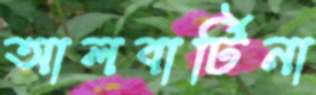
আলবার্টিনা